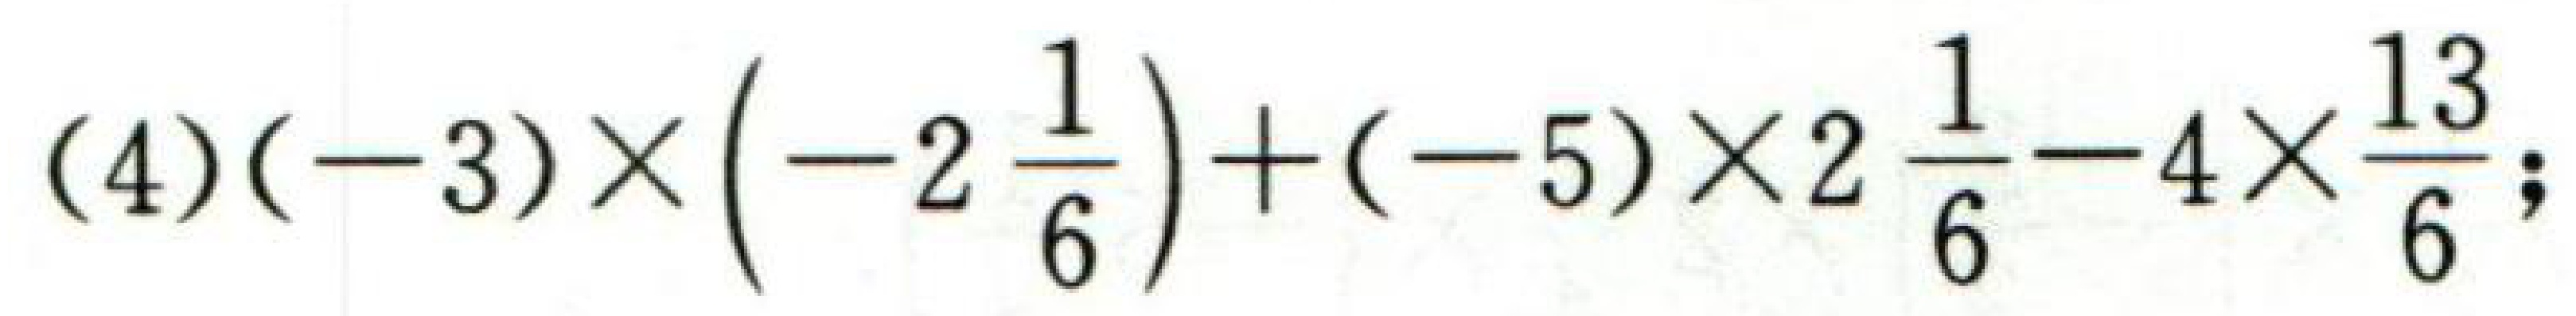
\((4)(-3)\times\left(-2\frac{1}{6}\right)+(-5)\times2\frac{1}{6}-4\times\frac{13}{6};\)